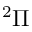
^ 2 \Pi